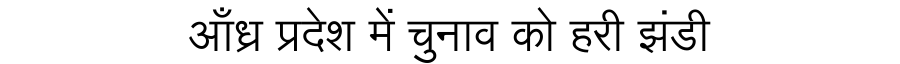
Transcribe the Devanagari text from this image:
आँध्र प्रदेश में चुनाव को हरी झंडी